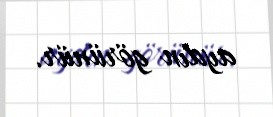
aydın görünür.